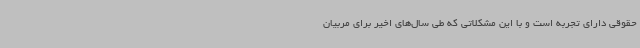
حقوقی دارای تجربه است و با این مشکلاتی که طی سال‌های اخیر برای مربیان